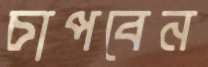
চাপবেন